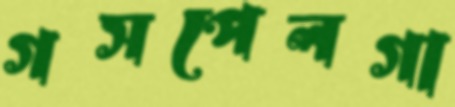
গসপেলগা